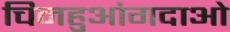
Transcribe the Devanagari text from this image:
चिनहुआंगदाओ